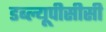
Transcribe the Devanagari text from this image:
डब्ल्यूपीसीसी